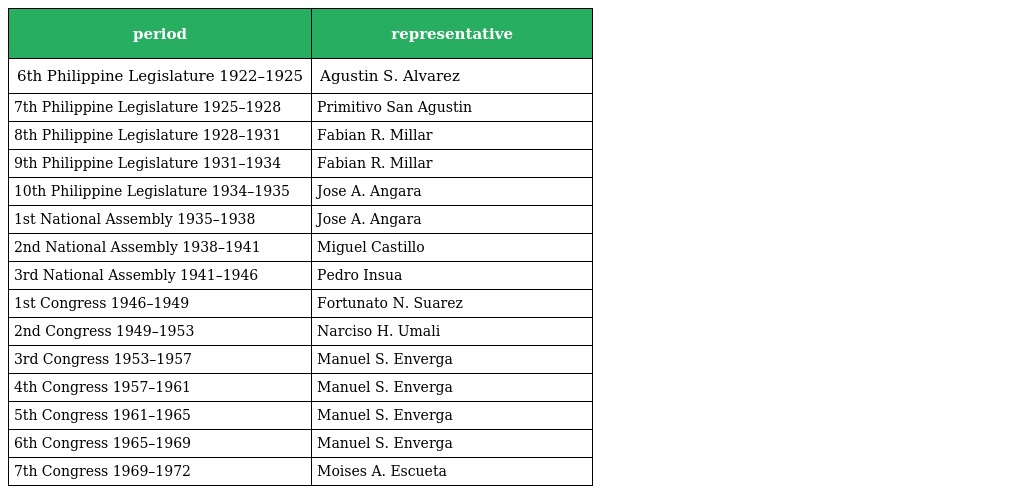
| period | representative |
 | --- | --- |
 | 6th Philippine Legislature 1922–1925 | Agustin S. Alvarez |
 | 7th Philippine Legislature 1925–1928 | Primitivo San Agustin |
 | 8th Philippine Legislature 1928–1931 | Fabian R. Millar |
 | 9th Philippine Legislature 1931–1934 | Fabian R. Millar |
 | 10th Philippine Legislature 1934–1935 | Jose A. Angara |
 | 1st National Assembly 1935–1938 | Jose A. Angara |
 | 2nd National Assembly 1938–1941 | Miguel Castillo |
 | 3rd National Assembly 1941–1946 | Pedro Insua |
 | 1st Congress 1946–1949 | Fortunato N. Suarez |
 | 2nd Congress 1949–1953 | Narciso H. Umali |
 | 3rd Congress 1953–1957 | Manuel S. Enverga |
 | 4th Congress 1957–1961 | Manuel S. Enverga |
 | 5th Congress 1961–1965 | Manuel S. Enverga |
 | 6th Congress 1965–1969 | Manuel S. Enverga |
 | 7th Congress 1969–1972 | Moises A. Escueta |